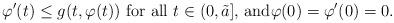
LaTeX: \begin{align*}\varphi'(t) \le g(t,\varphi(t)) \, \, \mbox{for all $t \in (0,\tilde a]$, and}\varphi(0)=\varphi'(0)=0.\end{align*}